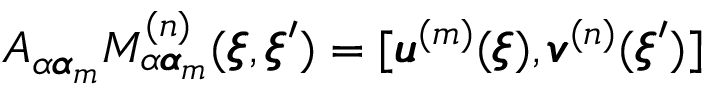
A _ { \alpha { \pmb \alpha } _ { m } } M _ { \alpha { \pmb \alpha } _ { m } } ^ { ( n ) } ( { \pmb \xi } , { \pmb \xi } ^ { \prime } ) = [ { \pmb u } ^ { ( m ) } ( { \pmb \xi } ) , { \pmb v } ^ { ( n ) } ( { \pmb \xi } ^ { \prime } ) ]